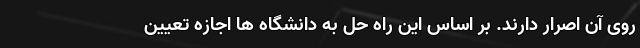
روی آن اصرار دارند. بر اساس این راه حل به دانشگاه‌ ها اجازه تعیین